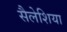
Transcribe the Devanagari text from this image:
सैलेशिया